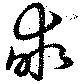
畮